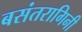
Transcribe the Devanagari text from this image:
बसंतरागिनी